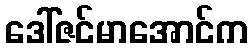
ဒေါ်ဇင်မာအောင်က